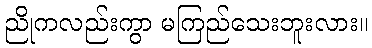
ညိုကလည်းကွာ မကြည်သေးဘူးလား။